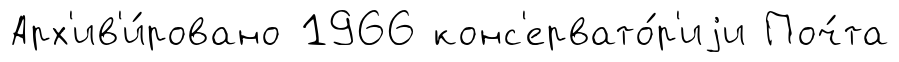
Арх'ив'и́ровано 1966 конс'ервато́р'иjи Поч́та